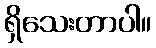
ရှိသေးတာပါ။